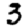
Digit: 3